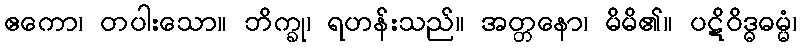
ဧကော၊ တပါးသော။ ဘိက္ခု၊ ရဟန်းသည်။ အတ္တနော၊ မိမိ၏။ ပဋိဝိဒ္ဓဓမ္မံ၊